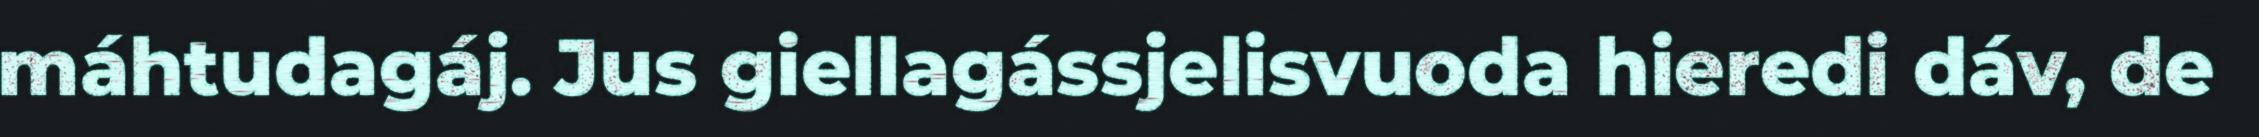
máhtudagáj. Jus giellagássjelisvuoda hieredi dáv, de